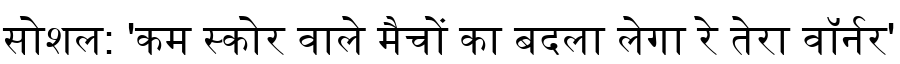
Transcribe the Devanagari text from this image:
सोशल: 'कम स्कोर वाले मैचों का बदला लेगा रे तेरा वॉर्नर'